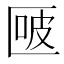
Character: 𰅬